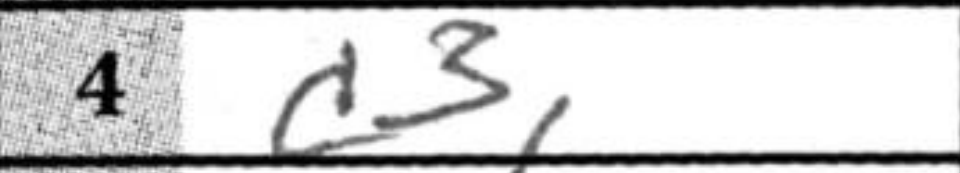
Transcription: c3